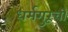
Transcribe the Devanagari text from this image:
धर्मगुरूची